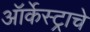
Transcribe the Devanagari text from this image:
ऑर्केस्ट्राचे